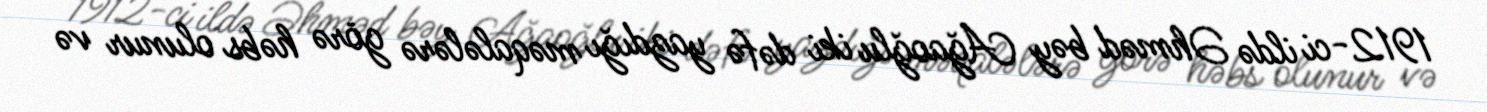
1912-ci ildə Əhməd bəy Ağaoğlu iki dəfə yazdığı məqalələrə görə həbs olunur və